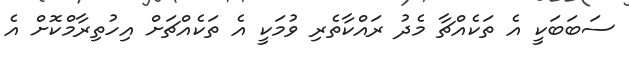
ސަބަބަކީ އެ ތަކެއްޗާ މެދު ރައްކާތެރި ވުމަކީ އެ ތަކެއްޗަށް އިހުތިރާމްކޮށް އެ